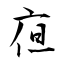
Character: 亱